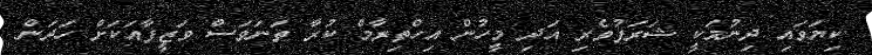
ކިޔަވައި ދިނުމަކީ ޝަރަފުވެރި އަދި މީހުން އިހްތިރާމް ކުރާ ތަނަވަސް ވަޒީފާއަކަށް ހަދަން